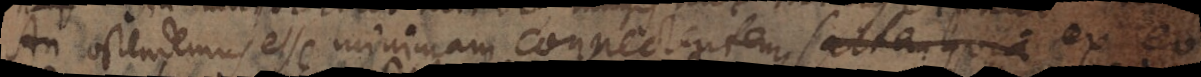
An ostendemus esse minimam connectentem saltem quia ex eo